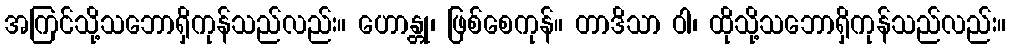
အကြင်သို့သဘောရှိကုန်သည်လည်း။ ဟောန္တု၊ ဖြစ်စေကုန်။ တာဒိသာ ဝါ၊ ထိုသို့သဘောရှိကုန်သည်လည်း။